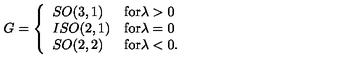
G = \left\{ \begin{array} { l l } { S O ( 3 , 1 ) } & { \mathrm { f o r \lambda > 0 } } \\ { I S O ( 2 , 1 ) } & { \mathrm { f o r \lambda = 0 } } \\ { S O ( 2 , 2 ) } & { \mathrm { f o r \lambda < 0 . } } \\ \end{array} \right.